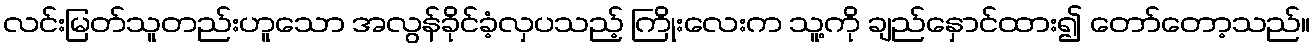
လင်းမြတ်သူတည်းဟူသော အလွန်ခိုင်ခံ့လှပသည့် ကြိုးလေးက သူ့ကို ချည်နှောင်ထား၍ တော်တော့သည်။